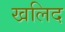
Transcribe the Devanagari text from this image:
खलिद